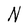
Character: N